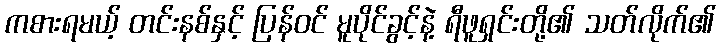
ကစားရမယ့် တင်းနစ်နှင့် ပြန်ဝင် မူပိုင်ခွင့်နဲ့ ရီဖူရှင်းတို့၏ သတ်လိုက်၏